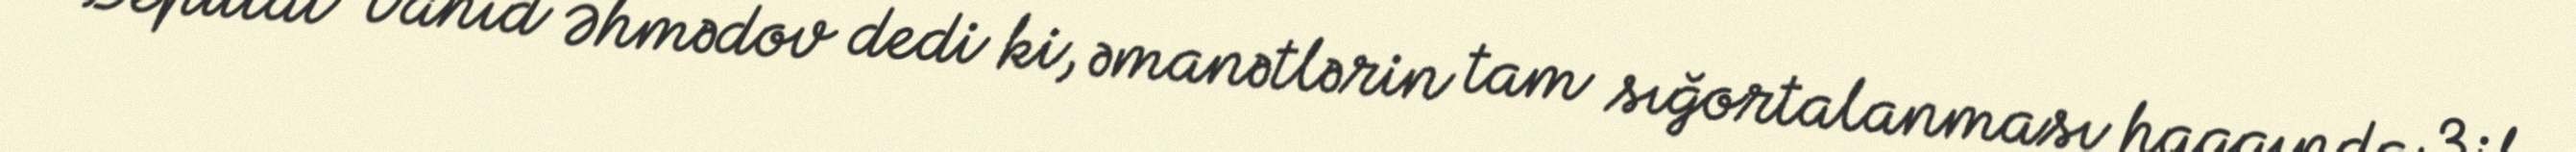
Deputat Vahid Əhmədov dedi ki, əmanətlərin tam sığortalanması haqqında 3 il